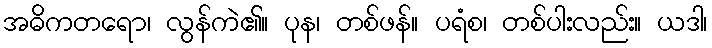
အဓိကတရော၊ လွန်ကဲ၏။ ပုန၊ တစ်ဖန်။ ပရံစ၊ တစ်ပါးလည်း။ ယဒါ၊